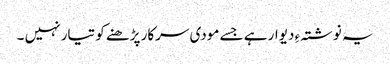
یہ نوشتہ ءِ دیوار ہے جسے مودی سرکار پڑھنے کو تیار نہیں ۔